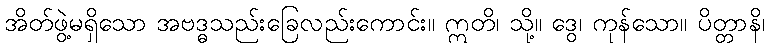
အိတ်ဖွဲ့မရှိသော အဗဒ္ဓသည်းခြေလည်းကောင်း။ ဣတိ၊ သို့။ ဒွေ၊ ကုန်သော။ ပိတ္တာနိ၊